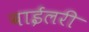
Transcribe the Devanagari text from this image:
बाईलरी